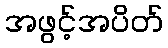
အဖွင့်အပိတ်